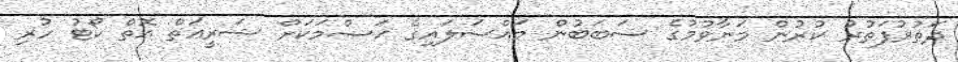
ދަތުރުފަތުރު ކުރުން މަނާވުމުގެ ސަބަބުން މައްސަލައިގެ ޚަޞްމަކަށް ޝަރީޢަތް އޮތް ކޯޓު ހުރި